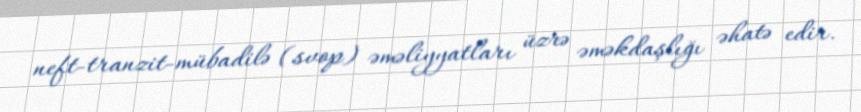
neft-tranzit-mübadilə (svop) əməliyyatları üzrə əməkdaşlığı əhatə edir.